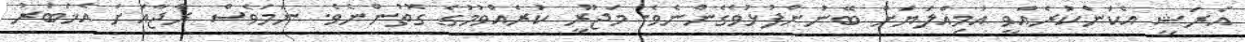
އެރަޝީ އެކަންކުރެއްވީ އަމިއްލަޔަށް ބޭނުންފުޅުވެގެންނެވެ. މަޖޫރީ ކުރެއްވުމުގެ ގޮތުންނެވެ. ނަމަވެސް ރާޖާއަށް އެޚަބަރު